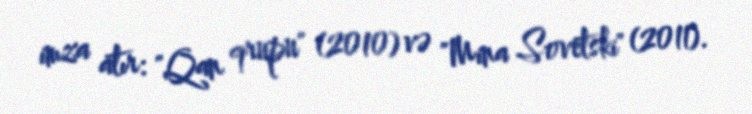
imza atır: "Qan qrupu" (2010) və "Mina Sovetski" (2011).